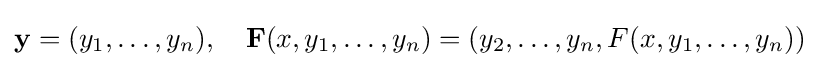
\mathbf {y} =(y_{1},\ldots ,y_{n}),\quad \mathbf {F} (x,y_{1},\ldots ,y_{n})=(y_{2},\ldots ,y_{n},F(x,y_{1},\ldots ,y_{n}))